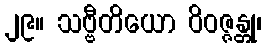
၂၉။ သဗ္ဗီတိယော ဝိဝဇ္ဇန္တု၊